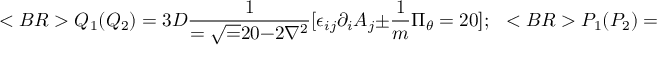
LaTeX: < B R > Q _ { 1 } ( Q _ { 2 } ) = 3 D { \frac { 1 } { = { { \sqrt = 2 0 { - 2 \nabla ^ { 2 } } } } } } [ \epsilon _ { i j } \partial _ { i } A _ { j } \pm { \frac { 1 } { m } } \Pi _ { \theta } = 2 0 ] ; ~ ~ < B R > P _ { 1 } ( P _ { 2 } ) = 3 D [ { \frac { 1 } { { \sqrt { - 2 \nabla ^ { 2 } } } } } \epsilon = _ { i j } \partial _ { i } \Pi = 2 0 _ { j } \mp < B R > { \frac { m } { 2 } } { \sqrt { - 2 \nabla ^ { 2 } } } \theta = 2 0 ] , < B R > < B R >